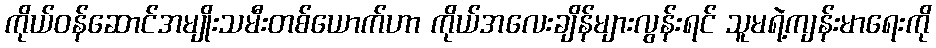
ကိုယ်ဝန်ဆောင်အမျိုးသမီးတစ်ယောက်ဟာ ကိုယ်အလေးချိန်များလွန်းရင် သူမရဲ့ကျန်းမာရေးကို